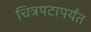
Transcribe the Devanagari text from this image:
चित्रपटापर्यंत